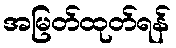
အမြတ်ထုတ်ရန်